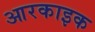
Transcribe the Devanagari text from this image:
आरकाइक